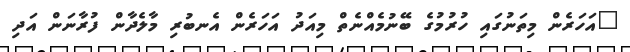
"އަހަރެން މިތަނުގައި ހުރުމުގެ ބޭނުމެއްނެތް މިއަދު އަހަރެން އެނބުރި މާލެދާން ފުރާނަން އަދި